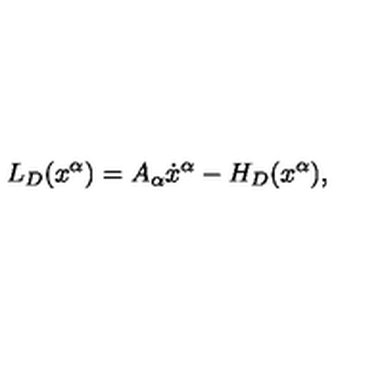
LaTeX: L _ { D } ( x ^ { \alpha } ) = A _ { \alpha } \dot { x } ^ { \alpha } - H _ { D } ( x ^ { \alpha } ) ,